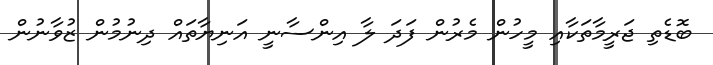
ބޮޑެތި ޖަރީމާތަކާއި މީހުން މެރުން ފަދަ ލާ އިންސާނީ އަނިޔާތައް ދިނުމުން ޒުވާނުން